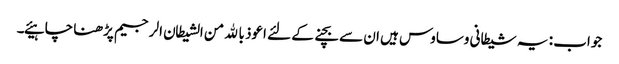
جواب : یہ شیطانی وساوس ہیں ان سے بچنے کے لئے اعوذ بالله من الشیطان الرجیم پڑھنا چاہیئے۔